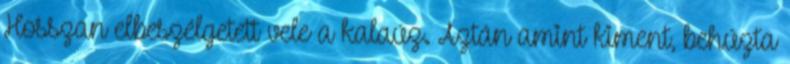
Hosszan elbeszélgetett vele a kalaúz. Aztán amint kiment, behúzta